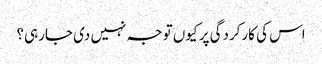
اس کی کارکردگی پر کیوں توجہ نہیں دی جارہی؟